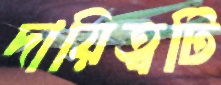
দায়িত্বটি